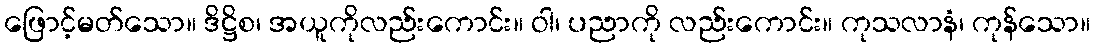
ဖြောင့်မတ်သော။ ဒိဋ္ဌိစ၊ အယူကိုလည်းကောင်း။ ဝါ၊ ပညာကို လည်းကောင်း။ ကုသလာနံ၊ ကုန်သော။